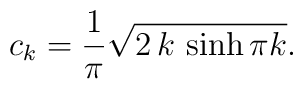
c_k=\frac{1}{\pi}\sqrt{2\,k\,\sinh \pi k}.